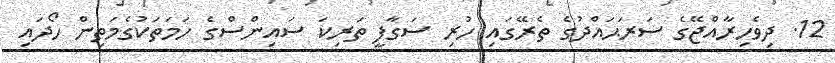
12. ދިވެހިރާއްޖޭގެ ސަރަޙައްދުގެ ތެރޭގައި ހުރި ސަގާފީ ތަރިކަ ސައިންސްގެ ހަމަތަކުގެމަތިން ހޯދައި